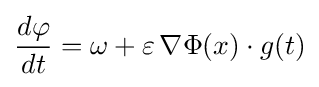
{\frac {d\varphi }{dt}}=\omega +\varepsilon \,\nabla \Phi (x)\cdot g(t)